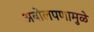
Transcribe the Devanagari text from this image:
अबोलपणामुळे